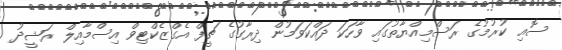
ސޮއި ކުރުމުގެ ރަސްމިއްޔާތުގައި ވާހަކަ ދައްކަވަމުން ދިރާގުގެ ޗީފް އެގްޒެކްޓިވް އިސްމާއިލް ރަޝީދު